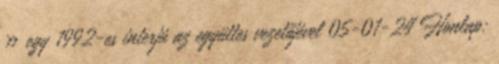
» egy 1992-es interjú az együttes vezetőjével 05-01-24 Honlap: